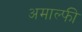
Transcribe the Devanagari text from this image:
अमाल्फी